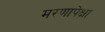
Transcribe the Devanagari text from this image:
मरणापेक्षा